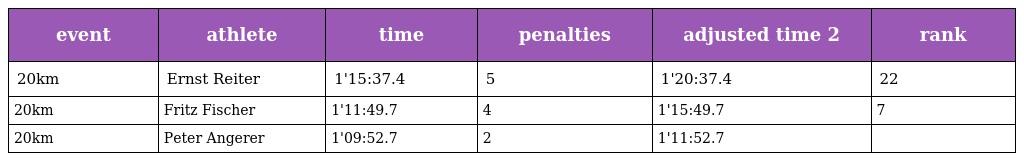
| event | athlete | time | penalties | adjusted time 2 | rank |
 | --- | --- | --- | --- | --- | --- |
 | 20km | Ernst Reiter | 1'15:37.4 | 5 | 1'20:37.4 | 22 |
 | 20km | Fritz Fischer | 1'11:49.7 | 4 | 1'15:49.7 | 7 |
 | 20km | Peter Angerer | 1'09:52.7 | 2 | 1'11:52.7 |  |